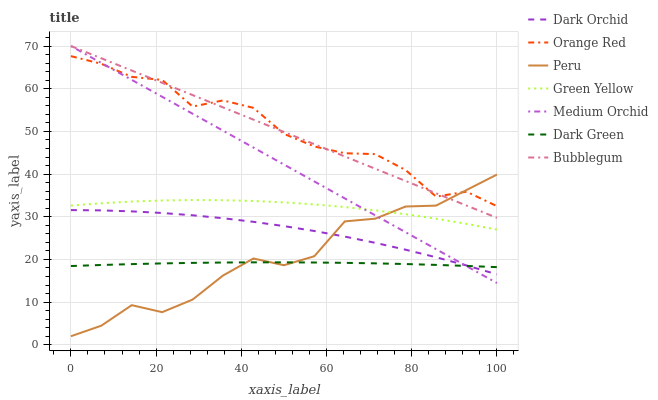
| xaxis_label | Dark Orchid | Orange Red | Peru | Green Yellow | Medium Orchid | Dark Green | Bubblegum |
 | --- | --- | --- | --- | --- | --- | --- | --- |
 | 0 | 31.6 | 67.6 | 2.01 | 32.6 | 70 | 18.5 | 70 |
 | 7.14 | 31.5 | 65.8 | 4.49 | 33.2 | 66 | 18.7 | 67.1 |
 | 14.3 | 31.3 | 62.8 | 9.29 | 33.6 | 62.1 | 18.9 | 64.3 |
 | 21.4 | 30.9 | 62.1 | 7.65 | 33.8 | 58.1 | 19.1 | 61.4 |
 | 28.6 | 30.3 | 55.8 | 10.6 | 33.9 | 54.1 | 19.2 | 58.5 |
 | 35.7 | 29.7 | 57.3 | 16.2 | 33.9 | 50.2 | 19.3 | 55.6 |
 | 42.9 | 28.8 | 55.5 | 20.2 | 33.7 | 46.2 | 19.3 | 52.8 |
 | 50 | 27.8 | 49.4 | 18.6 | 33.4 | 42.2 | 19.3 | 49.9 |
 | 57.1 | 26.7 | 46.5 | 20.8 | 32.9 | 38.3 | 19.3 | 47 |
 | 64.3 | 25.4 | 44.9 | 28.9 | 32.3 | 34.3 | 19.2 | 44.1 |
 | 71.4 | 23.9 | 44.7 | 29.5 | 31.5 | 30.3 | 19.1 | 41.3 |
 | 78.6 | 22.3 | 40.9 | 32.4 | 30.6 | 26.4 | 18.9 | 38.4 |
 | 85.7 | 20.5 | 34.7 | 32.6 | 29.5 | 22.4 | 18.7 | 35.5 |
 | 92.9 | 18.6 | 35.9 | 36.3 | 28.3 | 18.4 | 18.5 | 32.6 |
 | 100 | 16.5 | 32.5 | 39.9 | 27 | 14.5 | 18.2 | 29.8 |